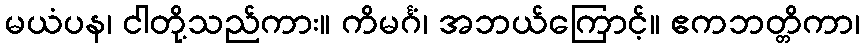
မယံပန၊ ငါတို့သည်ကား။ ကိမင်္ဂံ၊ အဘယ်ကြောင့်။ ဧကဘတ္တိကာ၊